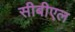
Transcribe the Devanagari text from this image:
सीबीएल